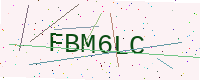
Text: FBM6LC